Burma Government Medical School reports 1907-22
Year: 1907
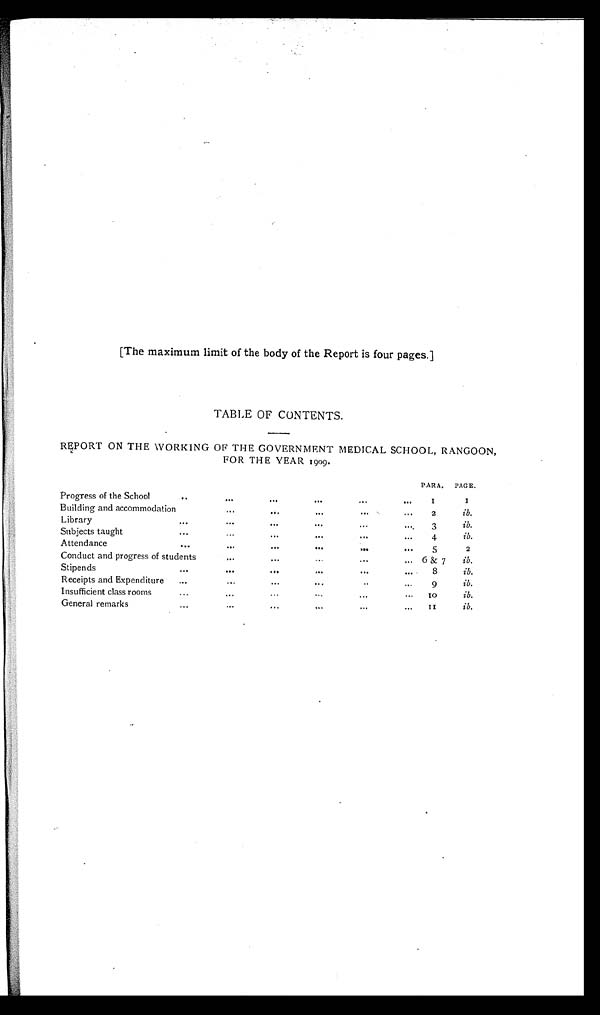
[The maximum limit of the body of the Report is four pages.]
TABLE OF CONTENTS.
REPORT ON THE WORKING OF THE GOVERNMENT MEDICAL SCHOOL, RANGOON,
FOR THE YEAR 1909.
PARA.
PAGE.
Progress of the School
...
...
...
...
...
...
1 1
Building and accommodation
... ... ... ... ...
2
ib.
Library
... ... ... ... ... ...
3
ib.
Subjects taught
... ... ... ... ... ...
4
ib.
Attendance
...
. . .
...
...
...
...
5
2
Conduct and progress of students
...
...
...
...
...
6 & 7
ib.
Stipends
... ... ... ... ... ...
8
ib.
Receipts and Expenditure
... ... ... ... ... ...
9
ib.
Insufficient class rooms
... ... ... ... ... ...
10
ib.
General remarks
... ... ... ... ... ...
1 1
ib.